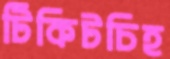
টিকিটচিহ